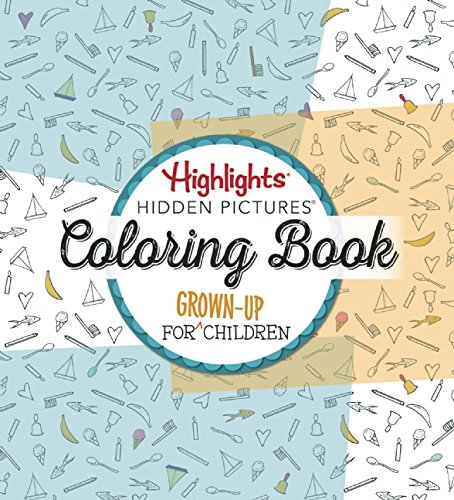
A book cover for Highlights Hidden PicturesÂ®: A Coloring Book for Grown-Up Children; Humor & Entertainment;